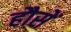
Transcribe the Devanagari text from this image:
हौसें